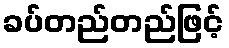
ခပ်တည်တည်ဖြင့်